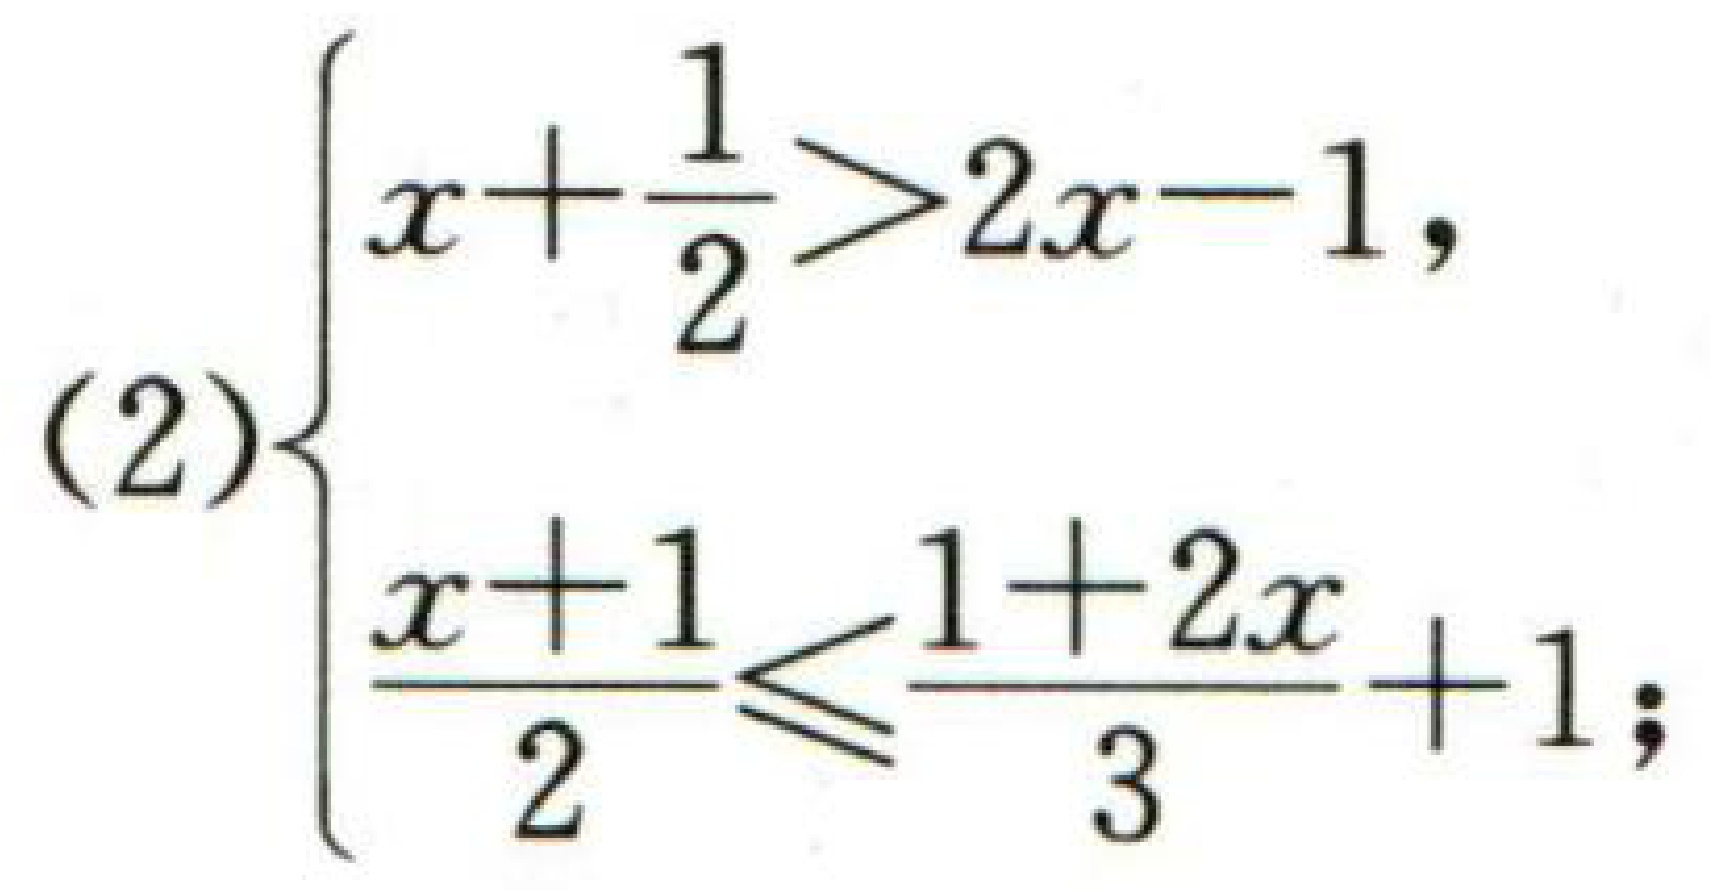
\((2)\begin{cases}x+\frac{1}{2}>2x - 1,\\\frac{x + 1}{2}\leqslant\frac{1 + 2x}{3}+1;\end{cases}\)